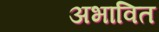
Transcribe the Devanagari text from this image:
अभावित